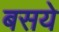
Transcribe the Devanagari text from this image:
बसये